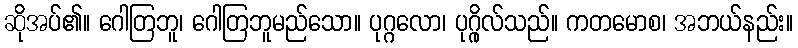
ဆိုအပ်၏။ ဂေါတြဘူ၊ ဂေါတြဘူမည်သော။ ပုဂ္ဂလော၊ ပုဂ္ဂိုလ်သည်။ ကတမောစ၊ အဘယ်နည်း။